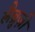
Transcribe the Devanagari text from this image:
लैब्रुज़ी